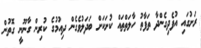
ރަށުގައި އުފެދިގެންދާ ތަފާތު ހާލަތްތައް ކުށަކަށް ބަދަލުވެގެން ދިއުމުގެ ކުރިން ގާނޫނީ ގޮތުން